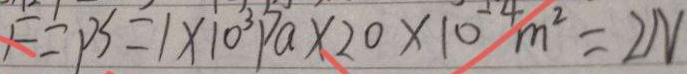
F = P S = 1 \times 1 0 ^ { 3 } P a \times 2 0 \times 1 0 ^ { - 4 } m ^ { 2 } = 2 N